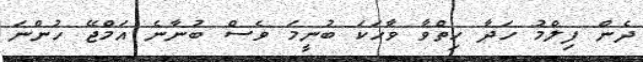
ދެން ފިލްމު ހަދާ ހިތްވާ ވާހަކަ ބުނީމަ ވެސް ބުނާނެ އަމްޖޭ ހުންނަ